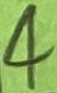
Text: 4